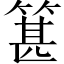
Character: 𥯓